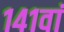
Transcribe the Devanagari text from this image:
१४१वां